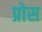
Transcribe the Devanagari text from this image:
प्रोस